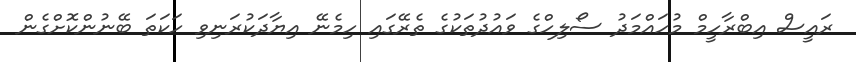
ރައީސް އިބްރާހީމް މުހައްމަދު ސޯލިހްގެ ވައުދުތަކުގެ ތެރޭގައި ހިމެނޭ އިޔާދަކުރަނިވި ހަކަތަ ބޭނުންކޮށްގެން